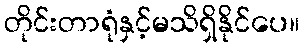
တိုင်းတာရုံနှင့်မသိရှိနိုင်ပေ။